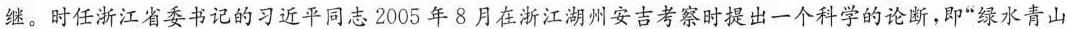
继。时任浙江省委书记的习近平同志2005年8月在浙江湖州安吉考察时提出一个科学的论断，即”绿水青山